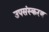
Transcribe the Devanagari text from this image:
उपसंस्करण